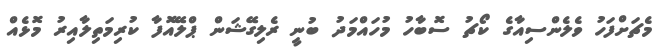
މެޗަށްފަހު ވެލެންސިއާގެ ކޯޗު ސޮބާހު މުހައްމަދު ބުނީ ރެލިގޭޝަން ޕްލޭއޮފާ ކުރިމަތިލާއިރު މޮޅެއް